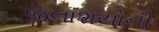
જલાશયોની